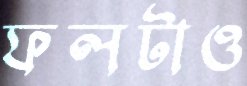
ফলটাও